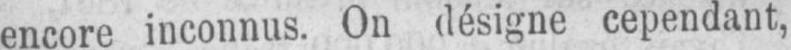
encore inconnus. On désigne cependant,